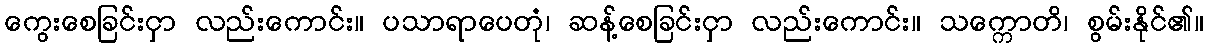
ကွေးစေခြင်းငှာ လည်းကောင်း။ ပသာရာပေတုံ၊ ဆန့်စေခြင်းငှာ လည်းကောင်း။ သက္ကောတိ၊ စွမ်းနိုင်၏။